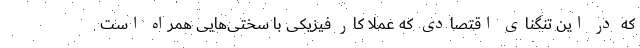
که در این تنگنای اقتصادی که عملا کار فیزیکی با سختی‌هایی همراه است